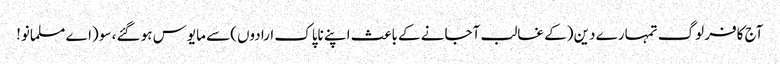
آج کافر لوگ تمہارے دین (کے غالب آجانے کے باعث اپنے ناپاک ارادوں) سے مایوس ہو گئے، سو (اے مسلمانو!